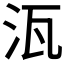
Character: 𭯽